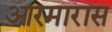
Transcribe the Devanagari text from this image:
आरमारास